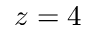
z = 4